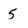
Character: 5